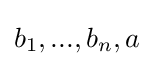
b_{1},...,b_{n},a